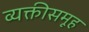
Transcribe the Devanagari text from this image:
व्यक्तीसमूह